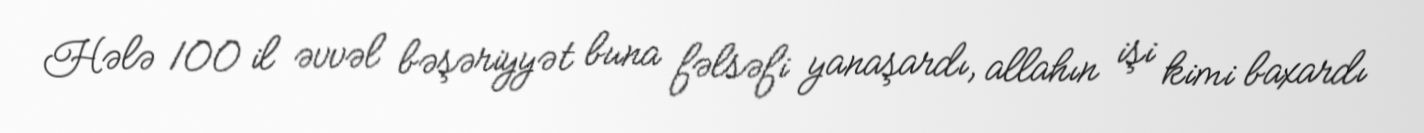
Hələ 100 il əvvəl bəşəriyyət buna fəlsəfi yanaşardı, allahın işi kimi baxardı